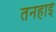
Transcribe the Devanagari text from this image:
तनहाई